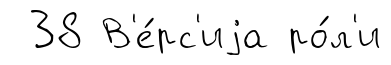
38 В'е́рс'иjа ро́л'и